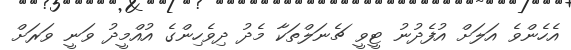
އެހެންވެ އަލަށް އުފެދުނު ޓީވީ ޗެނަލްތަކާ މެދު ދިވެހިންގެ އުއްމީދު ވަނީ ވަރަށް